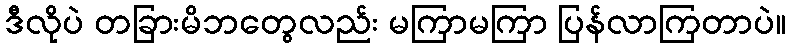
ဒီလိုပဲ တခြားမိဘတွေလည်း မကြာမကြာ ပြန်လာကြတာပဲ။